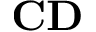
\mathbf { C D }